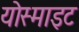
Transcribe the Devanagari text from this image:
योस्माइट